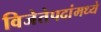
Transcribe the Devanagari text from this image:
विजेतेपदांमध्ये